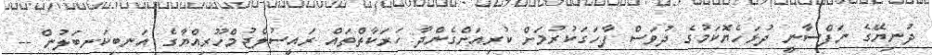
ދުނިޔޭގެ ނަފްސާނީ ދުޅަހެޔޮކަމުގެ ދުވަސް ފާހަގަކުރުމަށް ކުރިއަށްގެންދާ ހަރަކާތްތައް ރައީސުލްޖުމްހޫރިއްޔާގެ އަނބިކަނބަލުން --